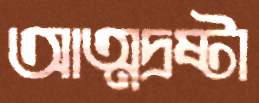
আত্মদ্রষ্টা